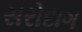
સરોદાગ